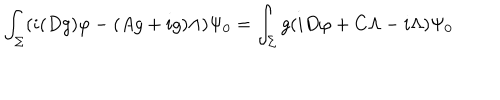
LaTeX: \int _ { \Sigma } ( i ( D g ) \varphi - ( A g + i g ) \Lambda ) \Psi _ { 0 } = \int _ { \Sigma } g ( i D \varphi + C \Lambda - i \Lambda ) \Psi _ { 0 }